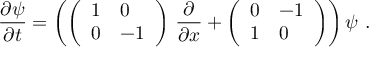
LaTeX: \frac { \partial \psi } { \partial t } = \left( \left( \begin{array} { l l } { { 1 } } & { { 0 } } \\ { { 0 } } & { { - 1 } } \end{array} \right) \, \frac { \partial } { \partial x } + \left( \begin{array} { l l } { { 0 } } & { { - 1 } } \\ { { 1 } } & { { 0 } } \end{array} \right) \right) \psi \ .